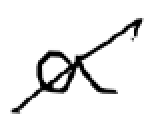
Text: a
Cross-out: diagonal
Writing tool: digital_black